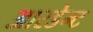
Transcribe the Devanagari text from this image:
आरडेन्ट